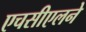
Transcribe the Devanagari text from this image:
एचसीएलने